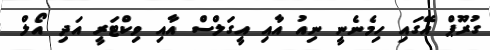
ގުރޫޕް އޭގައި ހިމެނެނީ ނިއު އާއި އީގަލްސް އާއި ވިކްޓަރީ އަދި އޯލް